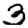
Digit: 3